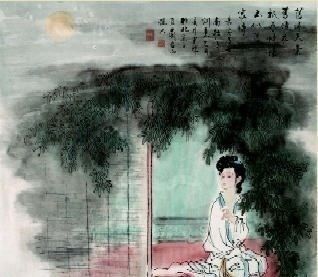
天上星河转，人间帘幕垂。凉生枕簟泪痕滋。